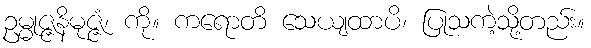
ဥမ္မုဇ္ဇနိမုဇ္ဇံ၊ ကို။ ကရောတိ သေယျထာပိ၊ ပြုသကဲ့သို့တည်း။